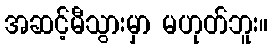
အဆင့်မီသွားမှာ မဟုတ်ဘူး။